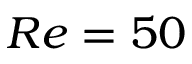
R e = 5 0